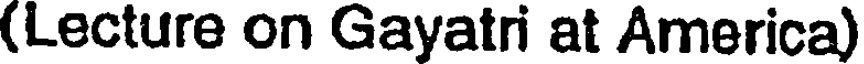
(Lecture on Gayatri at America)